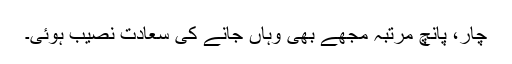
چار، پانچ مرتبہ مجھے بھی وہاں جانے کی سعادت نصیب ہوئی۔